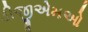
ડીજીએમઓ